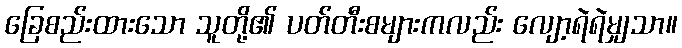
ခြေစည်းထားသော သူတို့၏ ပတ်တီးစများကလည်း လျော့ရဲရဲမျှသာ။